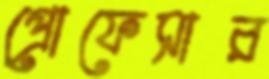
প্রোফেসার